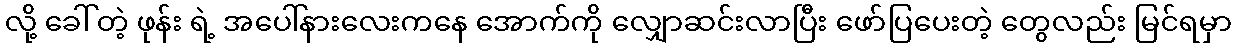
လို့ ခေါ်တဲ့ ဖုန်း ရဲ့ အပေါ်နားလေးကနေ အောက်ကို လျှောဆင်းလာပြီး ဖော်ပြပေးတဲ့ တွေလည်း မြင်ရမှာ